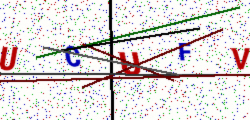
Text: UCUFV